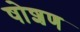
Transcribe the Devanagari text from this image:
षोशण